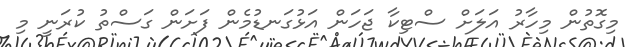
މިގޮތުން މިހާރު އަލަށް ސްޓިކާ ޖަހަން އަޅުގަނޑުމެން ފަށަން ގަސްތު ކުރަނީ މި